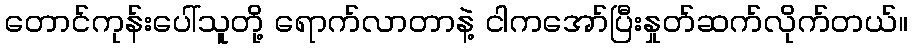
တောင်ကုန်းပေါ်သူတို့ ရောက်လာတာနဲ့ ငါကအော်ပြီးနှုတ်ဆက်လိုက်တယ်။